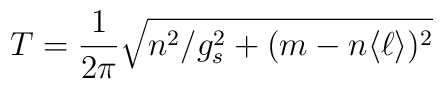
T= {1\over 2\pi}\sqrt{ n^2/g_s^2 + (m-n\langle\ell\rangle )^2}